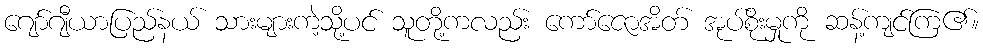
ဂျော်ဂျီယာပြည်နယ် သားများကဲ့သို့ပင် သူတို့ကလည်း ကော်ဇောအိတ် အုပ်စိုးမှုကို ဆန့်ကျင်ကြ၏။